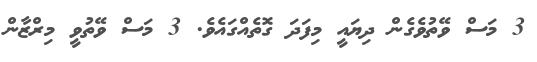
3 މަސް ވޭތުވެގެން ދިޔައީ މިފަދަ ގޮތެއްގައެވެ. 3 މަސް ވޭތުވީ މިރްޒާން